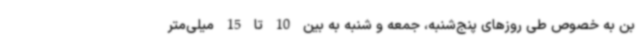
بن به خصوص طی روزهای پنج‌شنبه، جمعه و شنبه به بین 10 تا 15 میلی‌متر